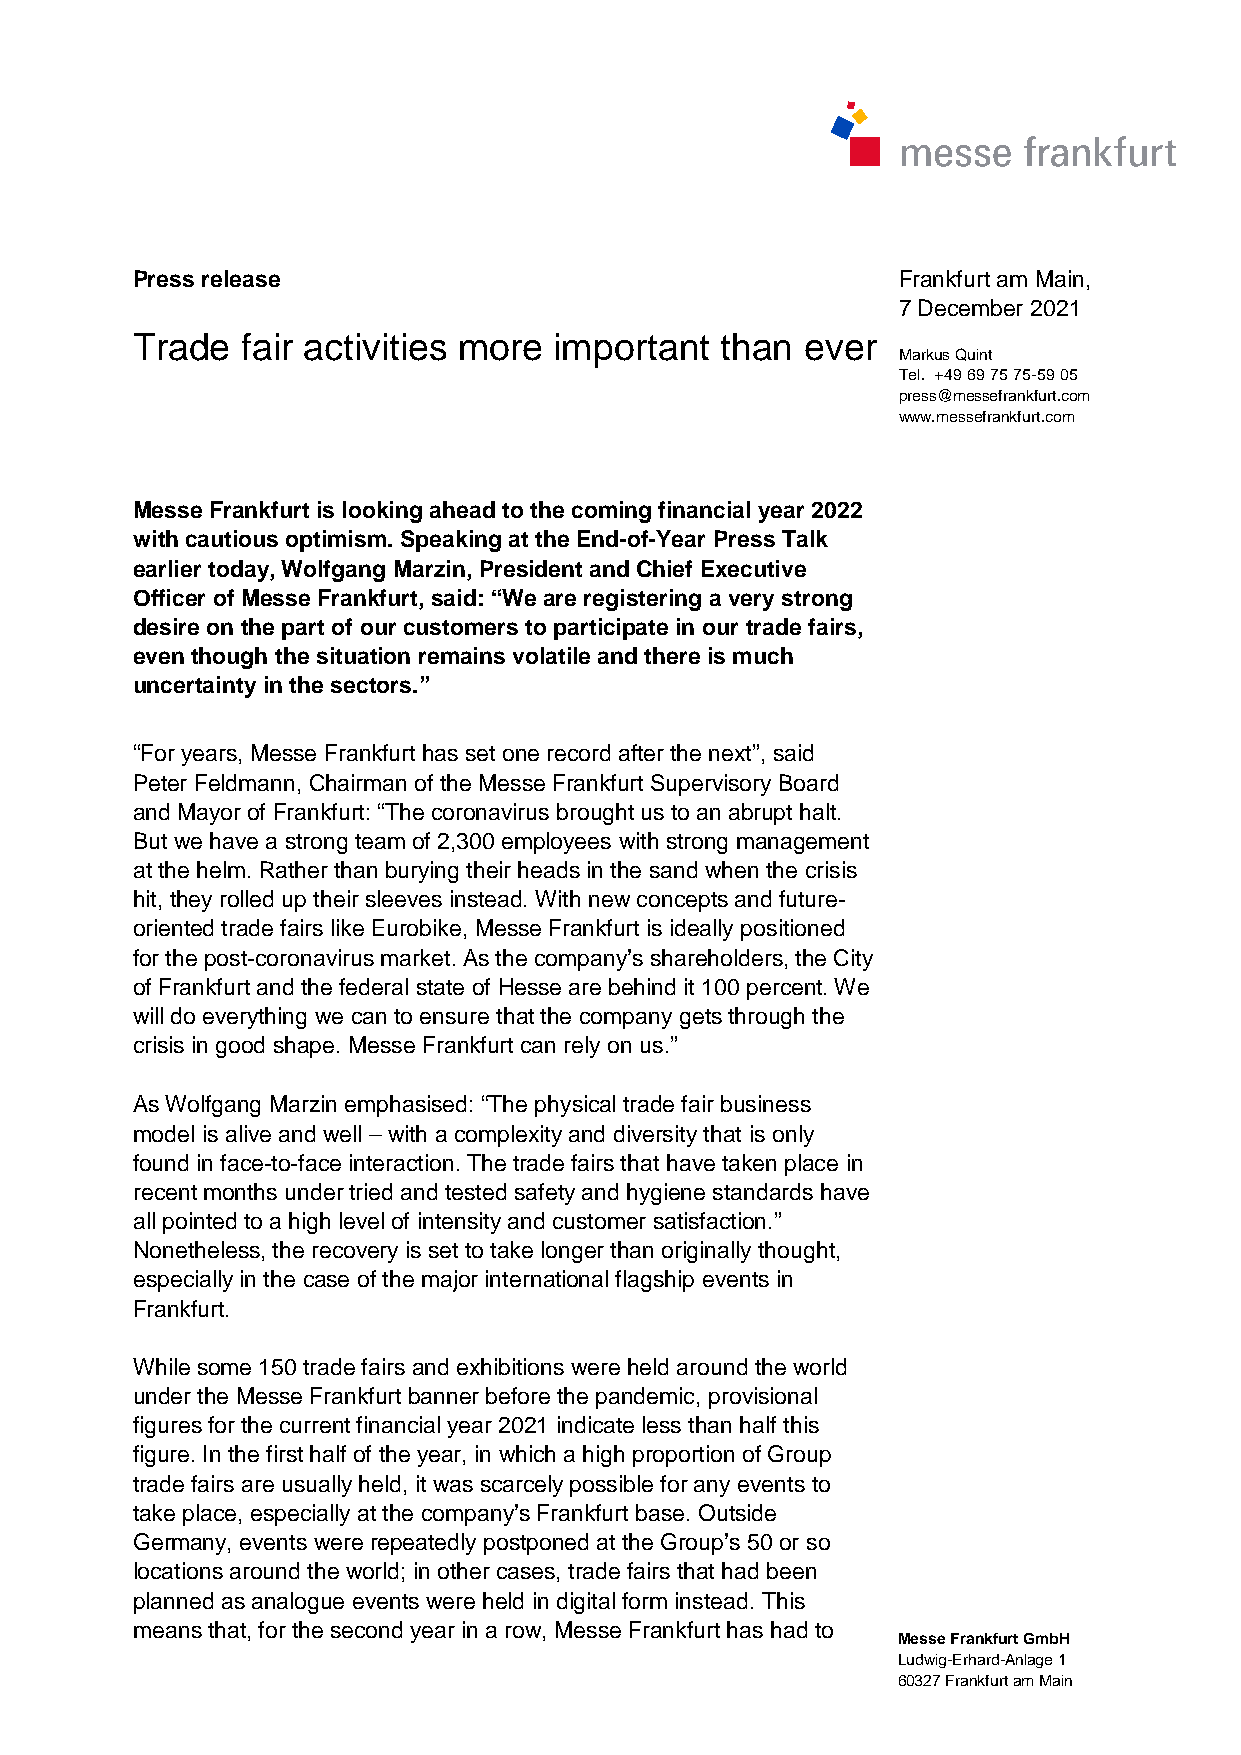
Press release                                     Frankfurt am Main,
 7 December 2021
 Trade  fair activities more important  than ever
 Markus Quint
 Tel. +49 69 75 75-59 05
 press@messefrankfurt.com
 www.messefrankfurt.com
 Messe Frankfurt is looking ahead to the coming financial year 2022
 with cautious optimism. Speaking at the End-of-Year Press Talk
 earlier today, Wolfgang Marzin, President and Chief Executive
 Officer of Messe Frankfurt, said: “We are registering a very strong
 desire on the part of our customers to participate in our trade fairs,
 even though the situation remains volatile and there is much
 uncertainty in the sectors.”
 “For years, Messe Frankfurt has set one record after the next”, said
 Peter Feldmann, Chairman of the Messe Frankfurt Supervisory Board
 and Mayor of Frankfurt: “The coronavirus brought us to an abrupt halt.
 But we have a strong team of 2,300 employees with strong management
 at the helm. Rather than burying their heads in the sand when the crisis
 hit, they rolled up their sleeves instead. With new concepts and future-
 oriented trade fairs like Eurobike, Messe Frankfurt is ideally positioned
 for the post-coronavirus market. As the company’s shareholders, the City
 of Frankfurt and the federal state of Hesse are behind it 100 percent. We
 will do everything we can to ensure that the company gets through the
 crisis in good shape. Messe Frankfurt can rely on us.”
 As Wolfgang Marzin emphasised: “The physical trade fair business
 model is alive and well – with a complexity and diversity that is only
 found in face-to-face interaction. The trade fairs that have taken place in
 recent months under tried and tested safety and hygiene standards have
 all pointed to a high level of intensity and customer satisfaction.”
 Nonetheless, the recovery is set to take longer than originally thought,
 especially in the case of the major international flagship events in
 Frankfurt.
 While some 150 trade fairs and exhibitions were held around the world
 under the Messe Frankfurt banner before the pandemic, provisional
 figures for the current financial year 2021 indicate less than half this
 figure. In the first half of the year, in which a high proportion of Group
 trade fairs are usually held, it was scarcely possible for any events to
 take place, especially at the company’s Frankfurt base. Outside
 Germany, events were repeatedly postponed at the Group’s 50 or so
 locations around the world; in other cases, trade fairs that had been
 planned as analogue events were held in digital form instead. This
 means that, for the second year in a row, Messe Frankfurt has had to
 Messe Frankfurt GmbH
 Ludwig-Erhard-Anlage 1
 60327 Frankfurt am Main